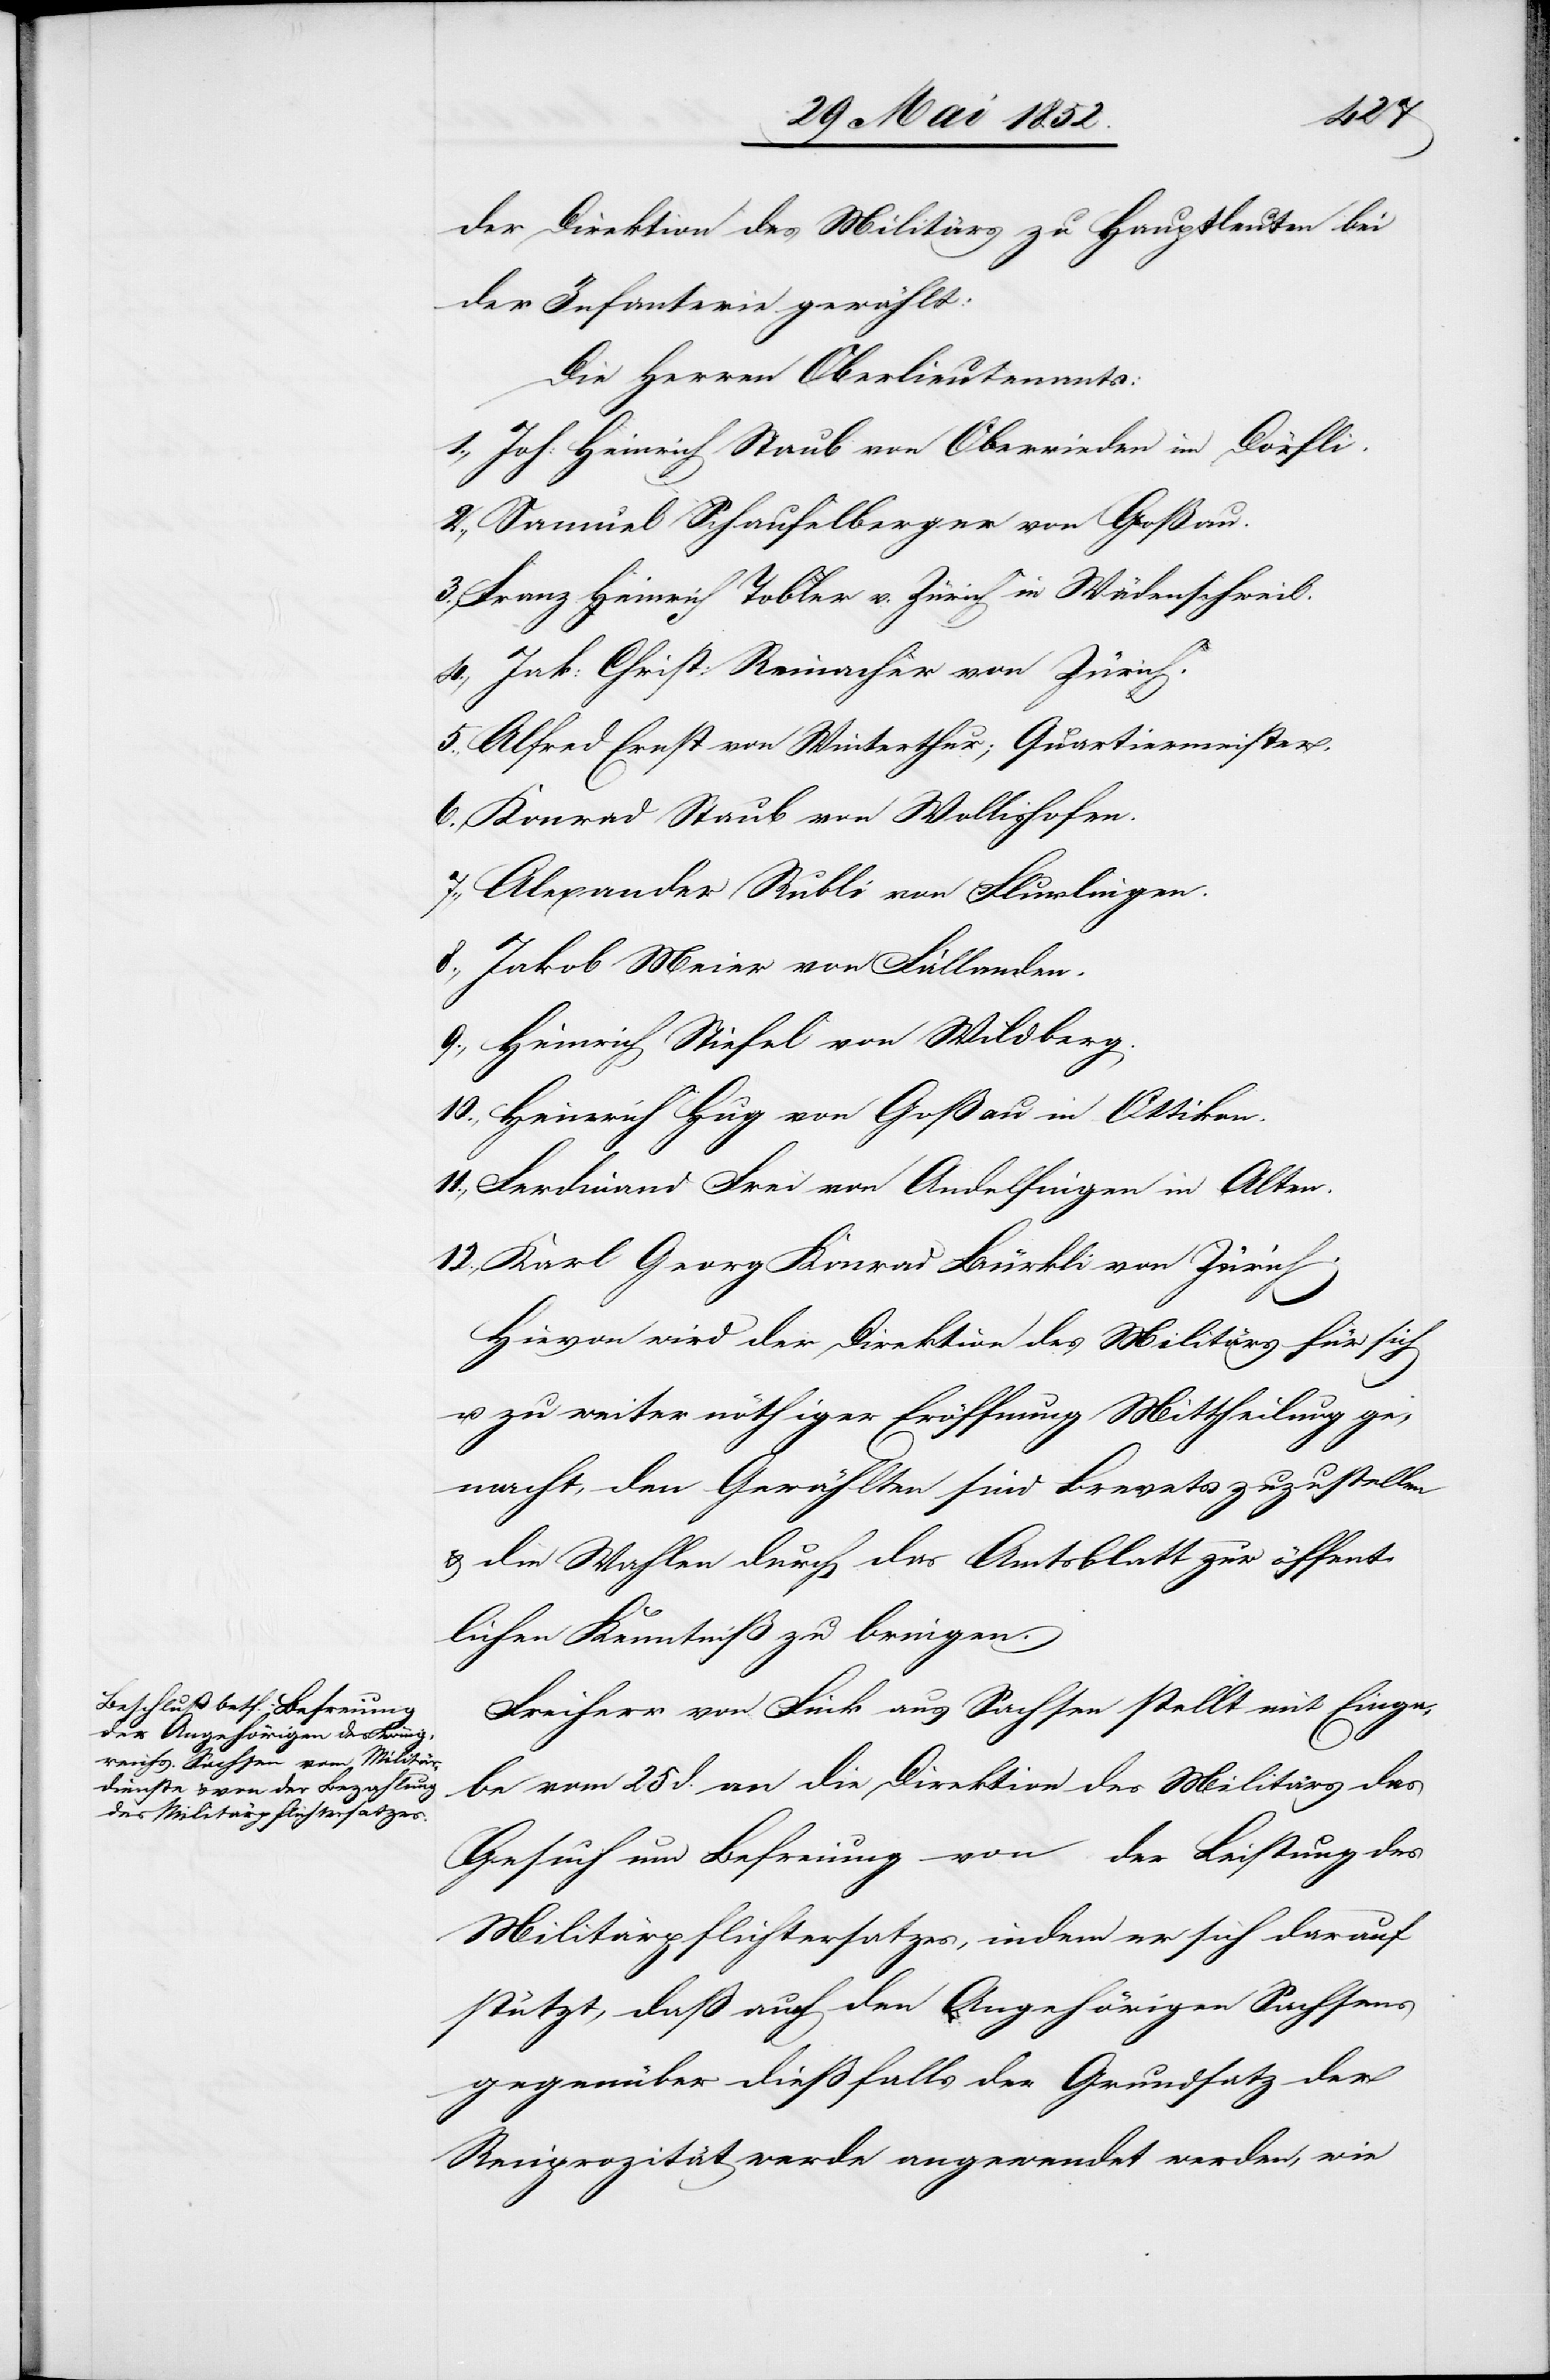
der Direktion des Militärs zu Hauptleuten bei
der Infanterie gewählt:
Die Herren Oberlieutenants:
Joh: Heinrich Staub von Oberrieden im Dörfli.
Samuel Schaufelberger von Goßau.
Franz Heinrich Tobler v. Zürich in Wädenschweil.
Jak: Christ: Reinacher von Zürich.
Alfred Ernst von Winterthur; Quartiermeister.
Konrad Staub von Wollishofen.
Alexander Rubli von Flurlingen.
Jakob Meier von Fällanden.
Heinrich Stiefel von Wildberg.
Heinrich Hug von Goßau in Ottikon.
Ferdinand Frei von Andelfingen in Alten.
Karl Georg Konrad Bürkli von Zürich.
Hievon wird der Direktion des Militärs für sich
u. zu weiter nöthiger Eröffnung Mittheilung ge¬
macht, den Gewählten sind Brevets zuzustellen
& die Wahlen durch das Amtsblatt zur öffent¬
lichen Kenntniß zu bringen.
Freiherr von Fink aus Sachsen stellt mit Einga¬
be vom 25 d. an die Direktion des Militärs das
Gesuch um Befreiung von der Leistung des
Militärpflichtersatzes, indem er sich darauf
stützt, daß auch den Angehörigen Sachsens
gegenüber dießfalls der Grundsatz der
Reciprozität werde angewendet werden, wie